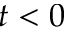
t < 0